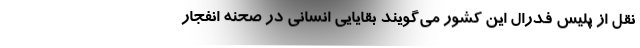
نقل از پلیس فدرال این کشور می‌گویند بقایایی انسانی در صحنه انفجار